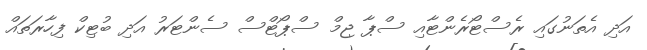
އަދި އެތަނުގައި ރެސްޓޯރެންޓާއި ސްޕާ ޖިމް ސްޕޯޓްސް ސެންޓަރު އަދި ބުޓިކް ފިހާރަތައް